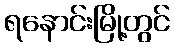
ရနောင်းမြို့တွင်